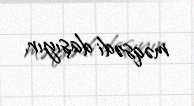
məqsədi daşıyır.